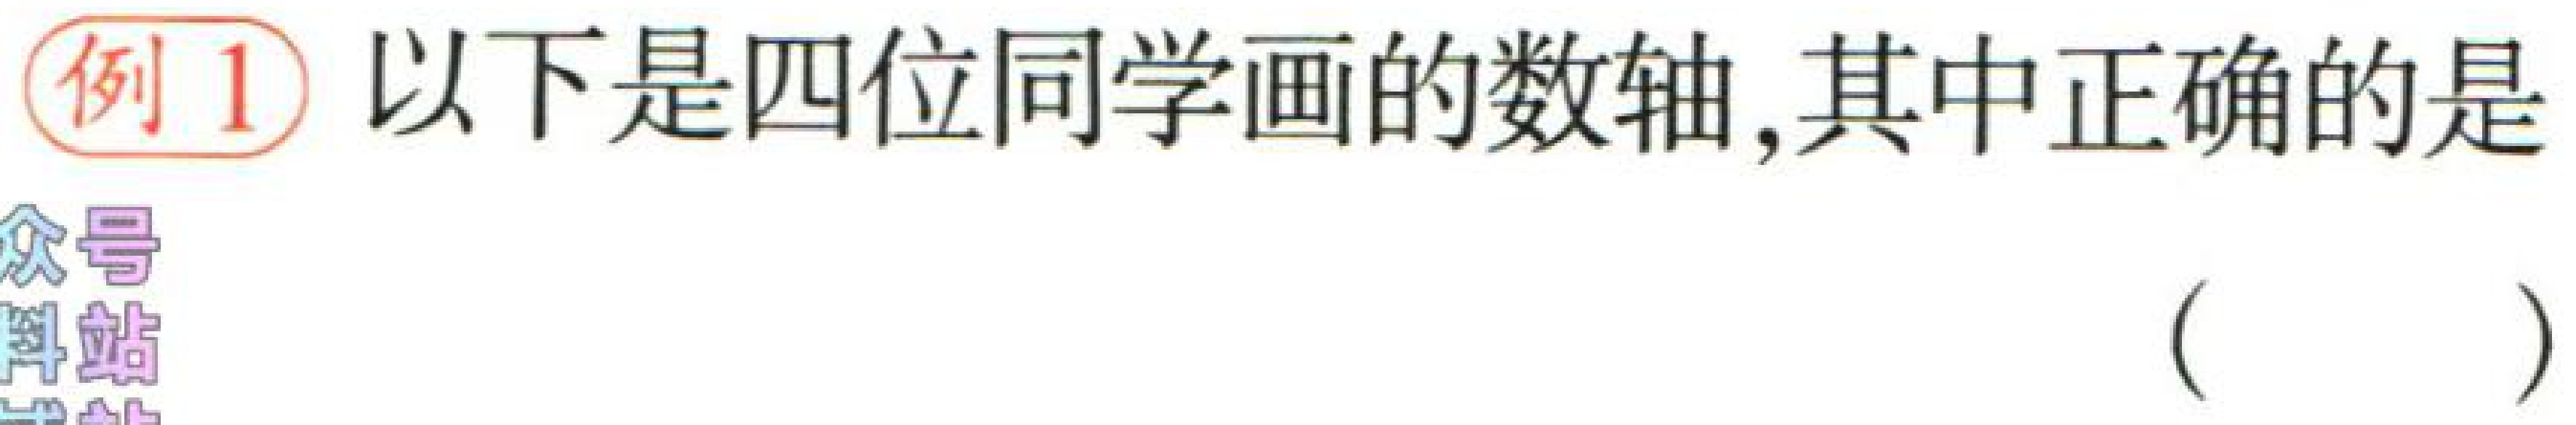
例1 以下是四位同学画的数轴,其中正确的是（  ）